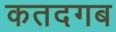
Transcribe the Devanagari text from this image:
कतदगब